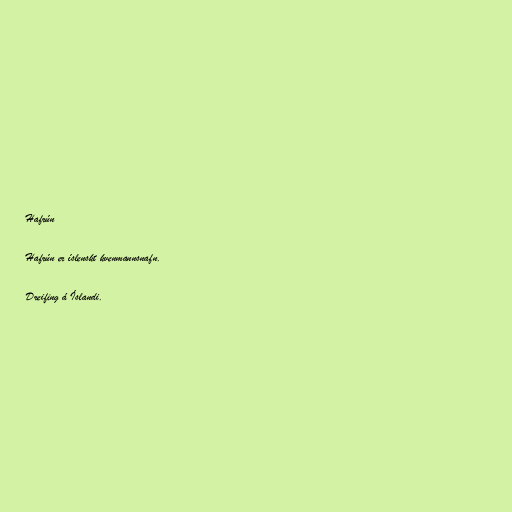
Hafrún

Hafrún er íslenskt kvenmannsnafn.

Dreifing á Íslandi.